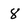
Character: 8